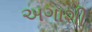
અગાશી